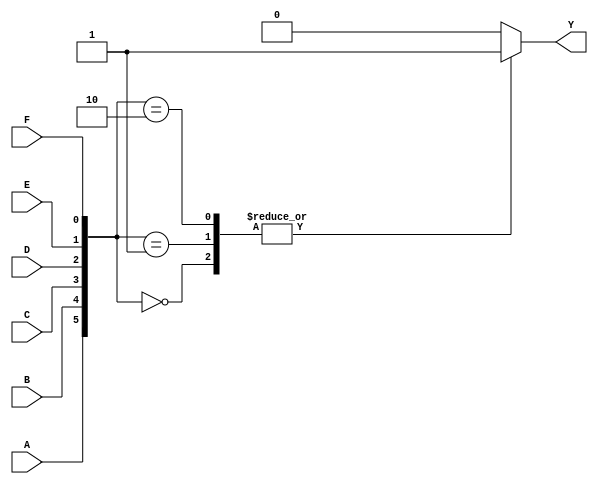
module six_variable_kmap(
    input wire A, B, C, D, E, F,     // Six input variables
    output reg Y                     // Output minimization result
);

    always @(*) begin
        // Initialize output
        Y = 1'b0;

        // Implement the logic based on K-map entries
        // This example assumes that certain minterms correspond to '1' in your K-map.
        // Replace the below conditions based on your specific K-map simplification.
        
        // Example minterms (these will need to be changed according to your K-map):
        // A B C D E F
        // 0 0 0 0 0 0 -> 0
        // 0 0 0 0 0 1 -> minterm 1
        // 0 0 0 0 1 0 -> minterm 2
        // ... fill in based on your K-map ...

        case ({A, B, C, D, E, F})
            6'b000000: Y = 1; // Minterm 0
            6'b000001: Y = 1; // Minterm 1
            6'b000010: Y = 1; // Minterm 2
            // Add further mappings here according to your minimized function
            // Example: 
            // 6'b000011: Y = 1; // Minterm 3
            // 6'b000111: Y = 1; // Minterm 7
            // Continue for all relevant combinations that yield '1' based on simplification
            // or use a combinational expression directly.
            default: Y = 1'b0; // Default to 0 for unaccounted minterms
        endcase
    end

endmodule